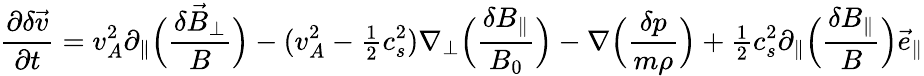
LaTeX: \frac{\partial\delta\vec{v}}{\partial t}=v_{A}^{2}\partial_{\| }\Big(\frac{\delta\vec{B}_{\perp}}{B}\Big)-(v_{A}^{2}-{\textstyle\frac{1}{2}}c_{s}^{2})\nabla_{\perp}\Big(\frac{\delta B_{\| }}{B_{0}}\Big)-\nabla\Big(\frac{\delta p}{m\rho}\Big)+{\textstyle\frac{1}{2}}c_{s}^{2}\partial_{\| }\Big(\frac{\delta B_{\| }}{B}\Big)\vec{e}_{\| }